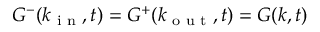
G ^ { - } ( k _ { \textrm { i n } } , t ) = G ^ { + } ( k _ { \textrm { o u t } } , t ) = G ( k , t )